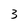
Character: 3